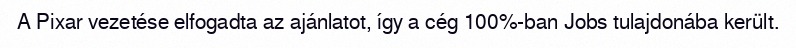
A Pixar vezetése elfogadta az ajánlatot, így a cég 100%-ban Jobs tulajdonába került.